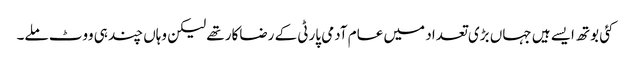
کئی بوتھ ایسے ہیں جہاں بڑی تعداد میں عام آدمی پارٹی کے رضاکار تھے لیکن وہاں چند ہی ووٹ ملے۔